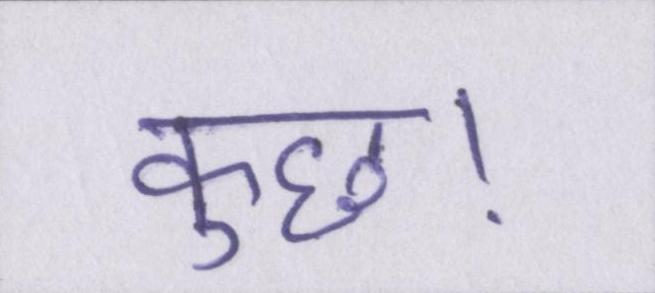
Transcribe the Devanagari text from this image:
कुछ।